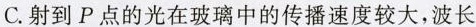
C.射到P点的光在玻璃中的传播速度较大，波长